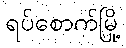
ရပ်စောက်မြို့